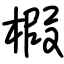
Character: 椵